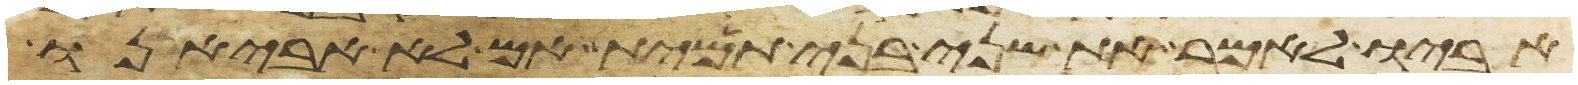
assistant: אביו לאמר את שני בני תמית אם לא אביאנו